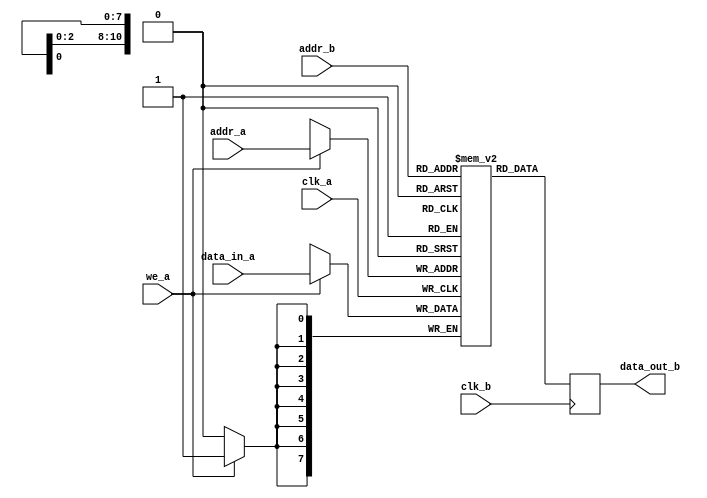
// some simple RAMs expressed behaviorally
//
// GNSS Firehose
// Copyright (c) 2012 Peter Monta <pmonta@gmail.com>

//fixme: parameterize these

module dpram(
  input clk_a,
  input [10:0] addr_a,
  input [7:0] data_in_a,
  input we_a,
  input clk_b,
  input [10:0] addr_b,
  output reg [7:0] data_out_b
);

  reg [7:0] mem[0:2047];

  always @(posedge clk_a)
    if (we_a)
      mem[addr_a] <= data_in_a;

  always @(posedge clk_b)
    data_out_b <= mem[addr_b];

endmodule

module dpram_64(
  input clk_a,
  input [5:0] addr_a,
  input [7:0] data_in_a,
  input we_a,
  input clk_b,
  input [5:0] addr_b,
  output reg [7:0] data_out_b
);

  reg [7:0] mem[0:63];

  always @(posedge clk_a)
    if (we_a)
      mem[addr_a] <= data_in_a;

  always @(posedge clk_b)
    data_out_b <= mem[addr_b];

endmodule

module dpram14(
  input clk_a,
  input [13:0] addr_a,
  input [7:0] data_in_a,
  input we_a,
  input clk_b,
  input [13:0] addr_b,
  output reg [7:0] data_out_b
);

  reg [7:0] mem[0:16383];

  always @(posedge clk_a)
    if (we_a)
      mem[addr_a] <= data_in_a;

  always @(posedge clk_b)
    data_out_b <= mem[addr_b];

endmodule

module dpram13_14(
  input clk_a,
  input [12:0] addr_a,
  input [15:0] data_in_a,
  input we_a,
  input clk_b,
  input [13:0] addr_b,
  output [7:0] data_out_b
);

  reg [15:0] mem[0:8191];

  always @(posedge clk_a)
    if (we_a)
      mem[addr_a] <= data_in_a;

  reg [15:0] x;

  always @(posedge clk_b)
    x <= mem[addr_b[13:1]];

  assign data_out_b = addr_b[0] ? x[15:8] : x[7:0];

endmodule

module dpram_9_16(
  input clk_a,
  input [8:0] addr_a,
  input [15:0] data_in_a,
  input we_a,
  input clk_b,
  input [9:0] addr_b,
  output [7:0] data_out_b
);

  reg [15:0] mem[0:511];

  always @(posedge clk_a)
    if (we_a)
      mem[addr_a] <= data_in_a;

  reg [15:0] x;

  always @(posedge clk_b)
    x <= mem[addr_b[9:1]];

  assign data_out_b = addr_b[0] ? x[15:8] : x[7:0];

endmodule

module dpram_10_16(
  input clk_a,
  input [9:0] addr_a,
  input [15:0] data_in_a,
  input we_a,
  input clk_b,
  input [10:0] addr_b,
  output [7:0] data_out_b
);

  reg [15:0] mem[0:1023];

  always @(posedge clk_a)
    if (we_a)
      mem[addr_a] <= data_in_a;

  reg [15:0] x;

  always @(posedge clk_b)
    x <= mem[addr_b[10:1]];

  assign data_out_b = addr_b[0] ? x[15:8] : x[7:0];

endmodule